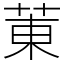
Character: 菄